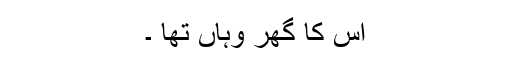
اُس کا گھر وہاں تھا ۔